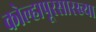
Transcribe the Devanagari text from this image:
कोल्हापूरसारख्या